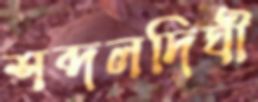
শব্দলদিঘী